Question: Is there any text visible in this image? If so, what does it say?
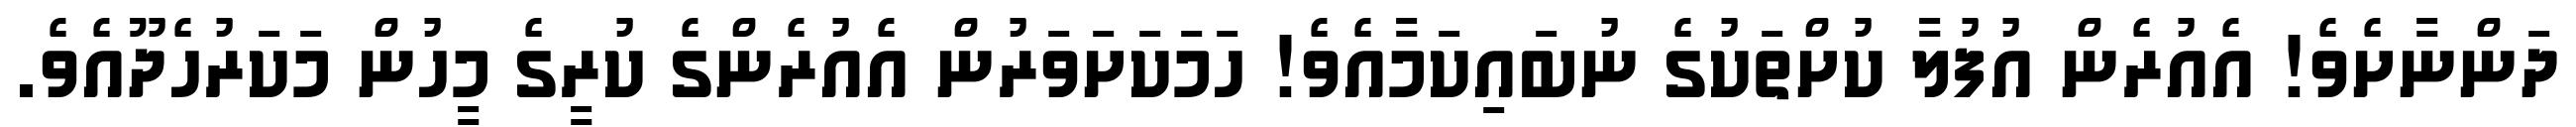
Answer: ދަންނާށެވެ! އެއުރެން އުފުލާ ކުށްތަކުގެ ނުބައިކަމާއެވެ! ހަމަކަށަވަރުން އެއުރެންގެ ކުރީގެ މީހުން މަކަރުހެދޫއެވެ.